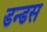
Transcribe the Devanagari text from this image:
डन्डस